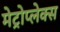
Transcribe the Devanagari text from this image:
मेट्रोप्लेक्स